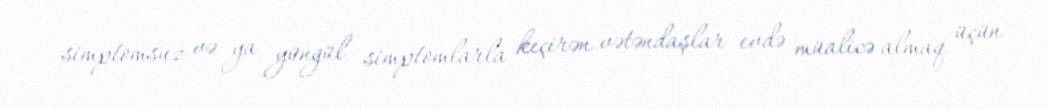
simptomsuz və ya yüngül simptomlarla keçirən vətəndaşlar evdə müalicə almaq üçün